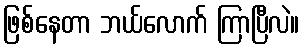
ဖြစ်နေတာ ဘယ်လောက် ကြာပြီလဲ။